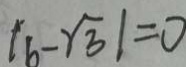
\vert b - \sqrt { 3 } \vert = 0